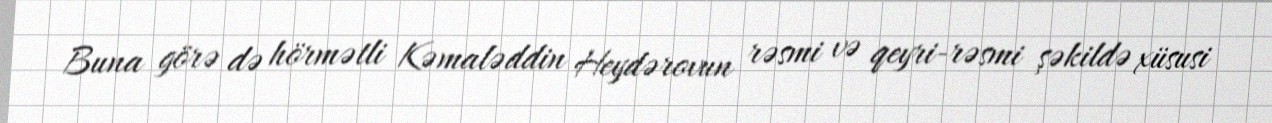
Buna görə də hörmətli Kəmaləddin Heydərovun rəsmi və qeyri-rəsmi şəkildə xüsusi